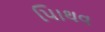
પાિથવ